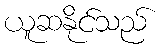
ယူဆနိုင်သည်